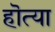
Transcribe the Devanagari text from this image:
हॊत्या